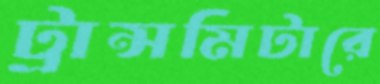
ট্রান্সমিটারে